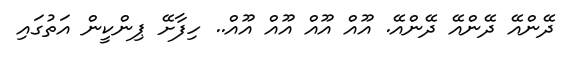
ދޭންއޭ ދޭންއޭ ދޭންއޭ. އޫއް އޫއް އޫއް އޫއް.. ހިފާށޭ ޕިންކީން އަތުގައި